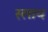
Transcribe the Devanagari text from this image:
स्लाय